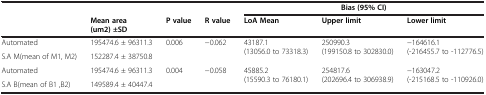
|  |  |  |  | <COLSPAN=3> Bias (95% CI) |
 |  | Mean area (um2) ±SD | P value | R value | LoA Mean | Upper limit | Lower limit |
 | --- | --- | --- | --- | --- | --- | --- |
 | Automated | 195474.6 ± 96311.3 | <ROWSPAN=2> 0.006 | <ROWSPAN=2> −0.062 | <ROWSPAN=2> 43187.1 (13056.0 to 73318.3) | <ROWSPAN=2> 250990.3 (199150.8 to 302830.0) | <ROWSPAN=2> −164616.1 (-216455.7 to -112776.5) |
 | S.A M(mean of M1, M2) | 152287.4 ± 38750.8 |
 | Automated | 195474.6 ± 96311.3 | 0.004 | −0.058 | 45885.2 (15590.3 to 76180.1) | 254817.6 (202696.4 to 306938.9) | −163047.2 (-215168.5 to -110926.0) |
 | S.A B(mean of B1 ,B2) | 149589.4 ± 40447.4 |  |  |  |  |  |